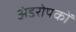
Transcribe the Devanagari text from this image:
अंडरोपकों